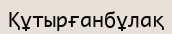
Құтырғанбұлақ